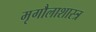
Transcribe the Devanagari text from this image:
मृगौलाशास्त्र